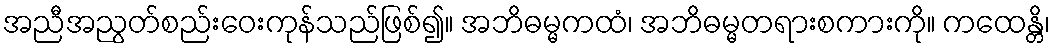
အညီအညွတ်စည်းဝေးကုန်သည်ဖြစ်၍။ အဘိဓမ္မကထံ၊ အဘိဓမ္မတရားစကားကို။ ကထေန္တိ၊